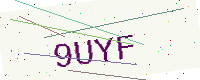
Text: 9UYF